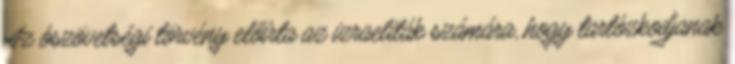
Az ószövetségi törvény előírta az izraeliták számára, hogy tartózkodjanak